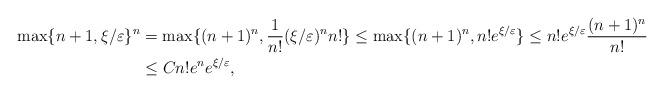
LaTeX: \begin{align*}\max\{n+1,\xi/\varepsilon\}^n &= \max\{(n+1)^n,\frac{1}{n!} (\xi/\varepsilon)^n n!\} \leq \max\{(n+1)^n,n! e^{\xi/\varepsilon}\} \leq n! e^{\xi/\varepsilon} \frac{(n+1)^n}{n!} \\&\leq C n! e^n e^{\xi/\varepsilon},\end{align*}